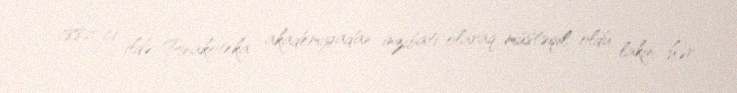
1882-ci ildə Pinakoteka akademiyadan inzibati olaraq müstəqil oldu, lakin hər